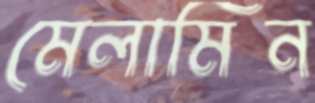
মেলামিন